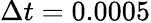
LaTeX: \Delta t=0.0005